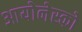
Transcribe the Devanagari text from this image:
आयोनेस्को